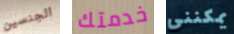
الجنسين خدمتك يمكنني